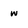
Character: w